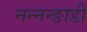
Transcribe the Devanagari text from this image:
नन्नन्ङाडी